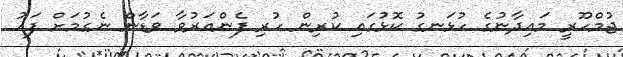
ޖުމްހޫރީ މައިދާނުގެ ހުޅަނގު ކޮޅުގައި ކުރިން ހުރި ފެންއަރުވާ ވަޑާން ނެގުމަށް ފަހު